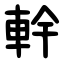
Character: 龫